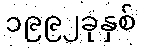
၁၉၉၂ခုနှစ်